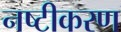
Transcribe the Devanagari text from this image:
नष्टीकरण